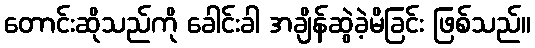
တောင်းဆိုသည်ကို ခေါင်းခါ အချိန်ဆွဲခဲ့မိခြင်း ဖြစ်သည်။